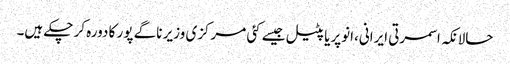
حالانکہ اسمرتی ایرانی،انوپریا پٹیل جیسے کئی مرکزی وزیر ناگے پور کا دورہ کر چکے ہیں۔